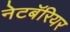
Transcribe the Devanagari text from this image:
नेटबॅरियर